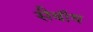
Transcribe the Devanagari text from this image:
सैबॉथ